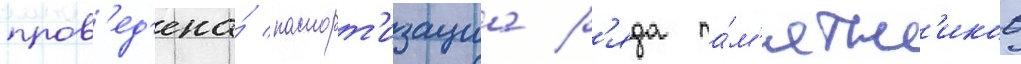
пров'ед'ена́ паспорт'изациа р'яда па́м'ятн'иков